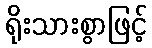
ရိုးသားစွာဖြင့်